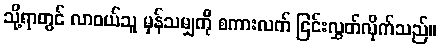
သို့ရာတွင် လာဝယ်သူ မှန်သမျှကို စကားလက် ငြင်းလွှတ်လိုက်သည်။